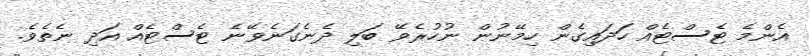
އެންމެ ޓެސްޓެއް ހަދައިގެން ހިމޭނުން ނުހުރެވޭ ބަލި ދެނެގަނެވޭނެ ޓެސްޓެއް އަދި ނެތެވެ.